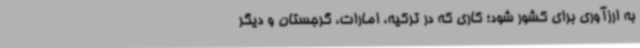
به ارزآوری برای کشور شود؛ کاری که در ترکیه، امارات، گرجستان و دیگر